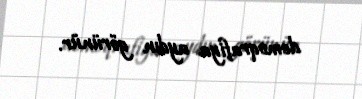
demoqrafiya aydın görünür.